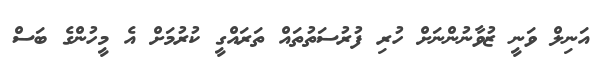
އަނިލް ވަނީ ޒުވާނުންނަށް ހުރި ފުރުސަތުތައް ތަރައްގީ ކުރުމަށް އެ މީހުންގެ ބަސް